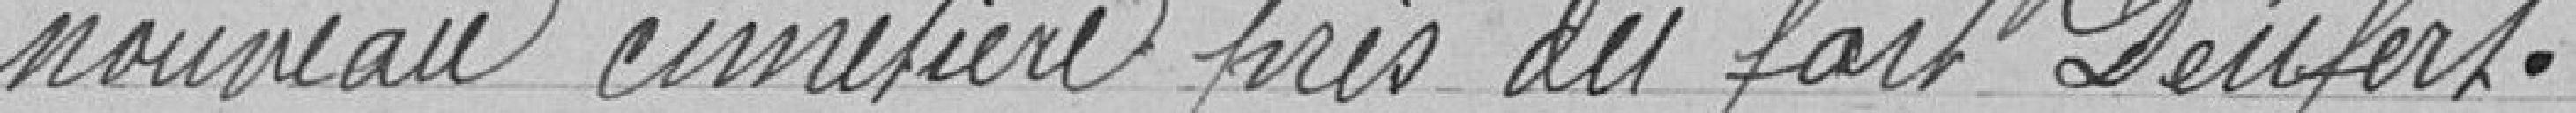
nouveau cimetière près du parc Denfert .